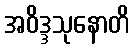
အဝိဒ္ဒသုနောတိ